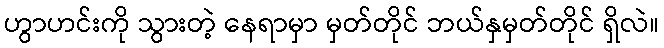
ဟွာဟင်းကို သွားတဲ့ နေရာမှာ မှတ်တိုင် ဘယ်နှမှတ်တိုင် ရှိလဲ။